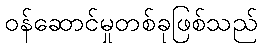
ဝန်ဆောင်မှုတစ်ခုဖြစ်သည်